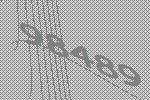
98489